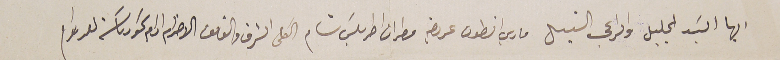
ايها السَيد الجليل والراعى النبل ماري انطون عريضه مطران اطرابلسَ شام الكلى الشرف والفائق الاحترام ادام سَمو رىاسَته للداوام